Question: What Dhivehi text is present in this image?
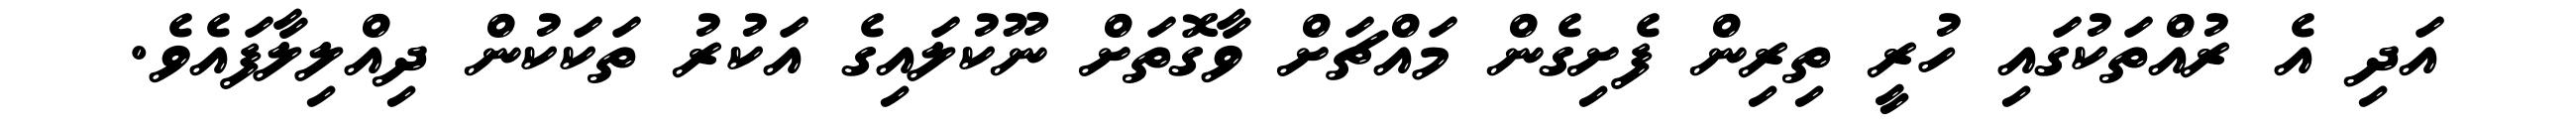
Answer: އަދި އެ ރުއްތަކުގައި ހުރީ ތިރިން ފެށިގެން މައްޗަށް ވާގޮތަށް ނޫކުލައިގެ އަކުރު ތަކަކުން ދިއްލިލާފައެވެ.